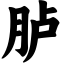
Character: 胪